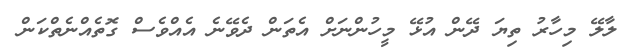
ލާލޭ މިހާރު ތިޔަ ދޭން އުޅޭ މީހުންނަށް އެތަން ދެވޭނެ އެއްވެސް ގޮތެއްނެތްކަން